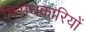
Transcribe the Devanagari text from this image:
विरोधकारियों